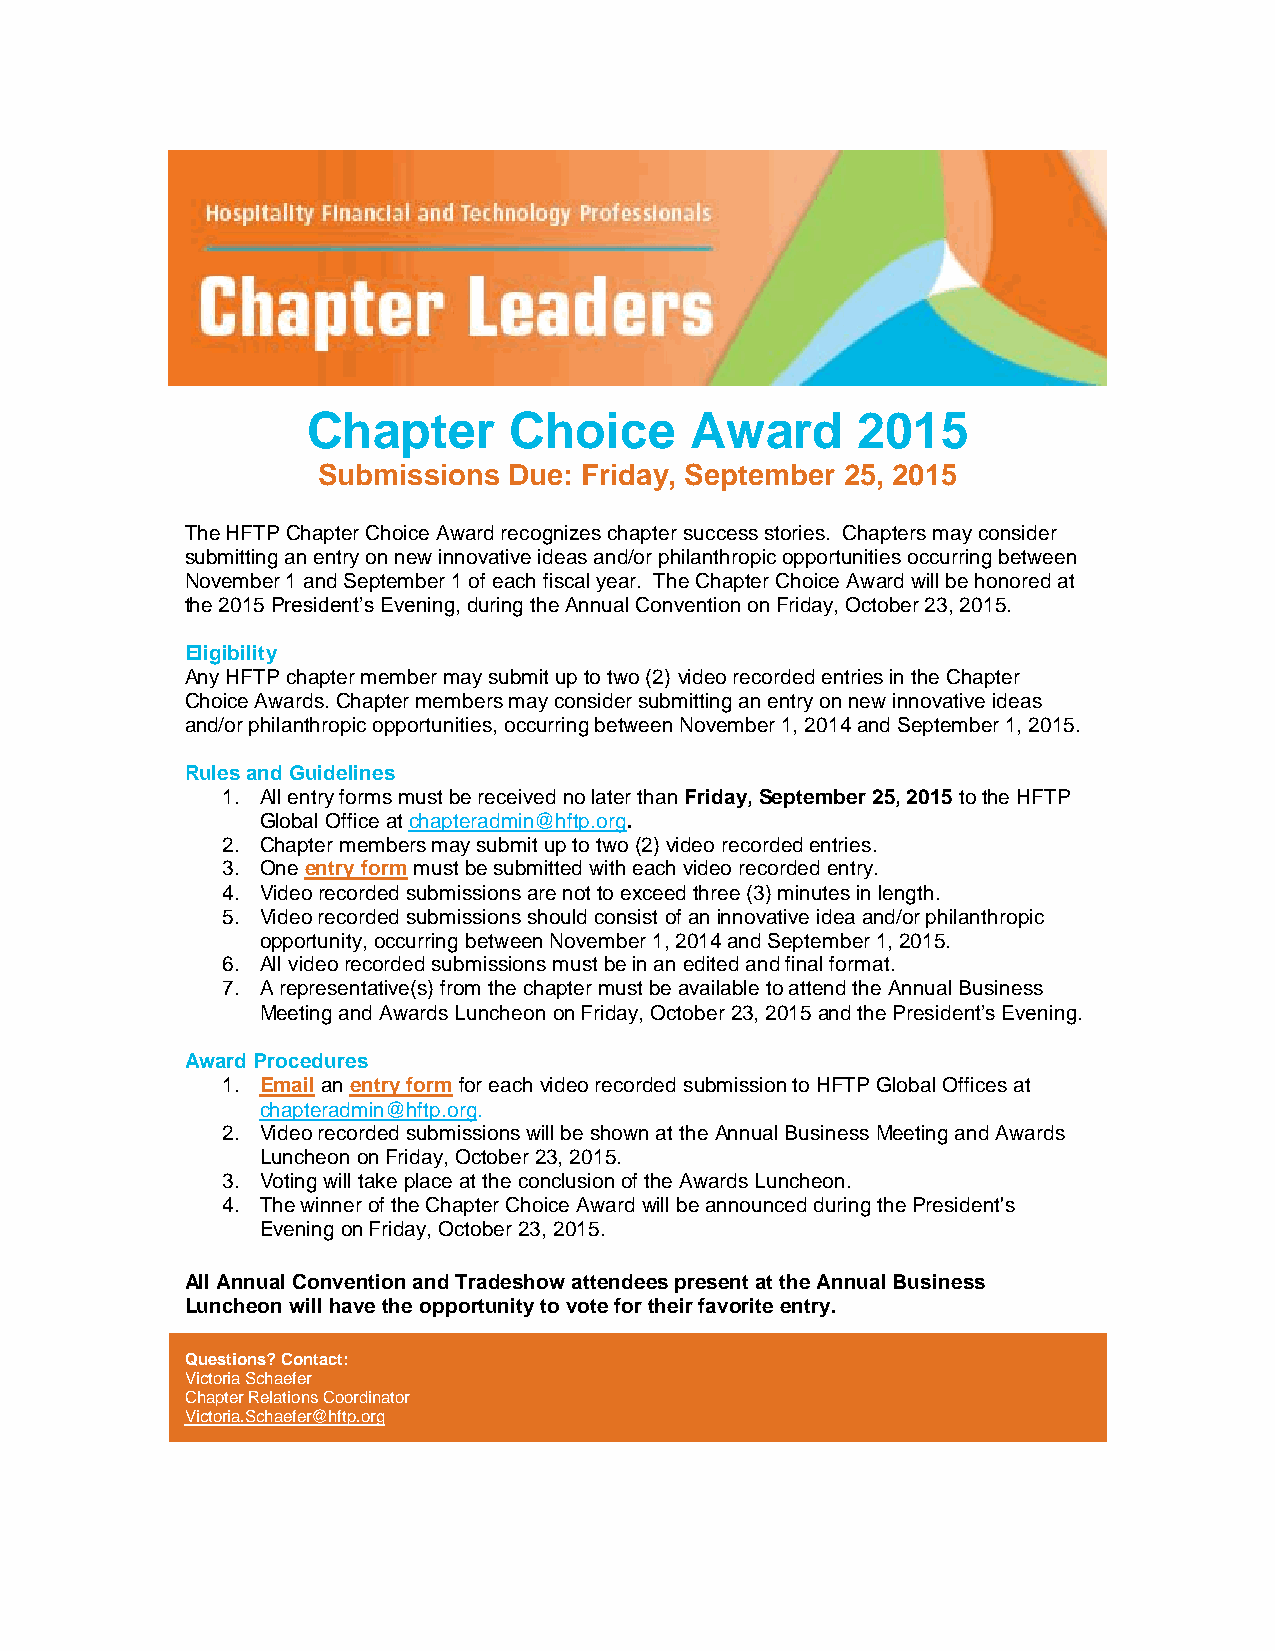
Chapter       Choice      Award      2015
 Submissions  Due: Friday, September 25, 2015
 The HFTP Chapter Choice Award recognizes chapter success stories. Chapters may consider
 submitting an entry on new innovative ideas and/or philanthropic opportunities occurring between
 November 1 and September 1 of each fiscal year. The Chapter Choice Award will be honored at
 the 2015 President’s Evening, during the Annual Convention on Friday, October 23, 2015.
 Eligibility
 Any HFTP chapter member may submit up to two (2) video recorded entries in the Chapter
 Choice Awards. Chapter members may consider submitting an entry on new innovative ideas
 and/or philanthropic opportunities, occurring between November 1, 2014 and September 1, 2015.
 Rules and Guidelines
 1. All entry forms must be received no later than Friday, September 25, 2015 to the HFTP
 Global Office at chapteradmin@hftp.org.
 2. Chapter members may submit up to two (2) video recorded entries.
 3. One entry form must be submitted with each video recorded entry.
 4. Video recorded submissions are not to exceed three (3) minutes in length.
 5. Video recorded submissions should consist of an innovative idea and/or philanthropic
 opportunity, occurring between November 1, 2014 and September 1, 2015.
 6. All video recorded submissions must be in an edited and final format.
 7. A representative(s) from the chapter must be available to attend the Annual Business
 Meeting and Awards Luncheon on Friday, October 23, 2015 and the President’s Evening.
 Award Procedures
 1. Email an entry form for each video recorded submission to HFTP Global Offices at
 chapteradmin@hftp.org.
 2. Video recorded submissions will be shown at the Annual Business Meeting and Awards
 Luncheon on Friday, October 23, 2015.
 3. Voting will take place at the conclusion of the Awards Luncheon.
 4. The winner of the Chapter Choice Award will be announced during the President's
 Evening on Friday, October 23, 2015.
 All Annual Convention and Tradeshow attendees present at the Annual Business
 Luncheon will have the opportunity to vote for their favorite entry.
 Questions? Contact:
 Victoria Schaefer
 Chapter Relations Coordinator
 Victoria.Schaefer@hftp.org